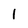
Character: I